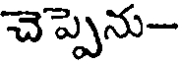
చెప్పెను-